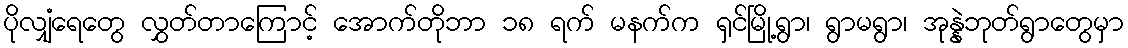
ပိုလျှံရေတွေ လွှတ်တာကြောင့် အောက်တိုဘာ ၁၈ ရက် မနက်က ရှင်မြို့ရွာ၊ ရွာမရွာ၊ အုန္နဲဘုတ်ရွာတွေမှာ